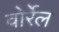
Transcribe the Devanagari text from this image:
वोर्रेल